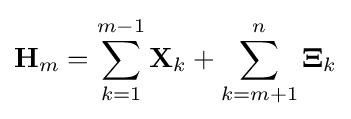
\mathbf {H} _{m}=\sum _{k=1}^{m-1}\mathbf {X} _{k}+\sum _{k=m+1}^{n}\mathbf {\Xi } _{k}